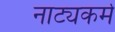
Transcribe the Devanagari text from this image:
नाट्यकर्म